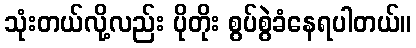
သုံးတယ်လို့လည်း ပိုတိုး စွပ်စွဲခံနေရပါတယ်။